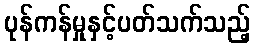
ပုန်ကန်မှုနှင့်ပတ်သက်သည့်